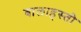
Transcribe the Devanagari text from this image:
बालाहस्ती